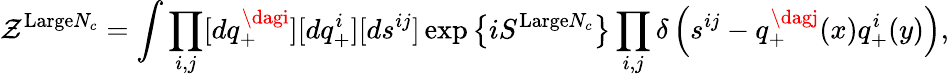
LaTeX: \mathcal{Z}^{\mathrm{{Large}}N_{c}}=\int\prod_{i,j}[dq_{+}^{\dagi}][dq_{+}^{i}][ds^{ij}]\exp\left\{ iS^{\mathrm{{Large}}N_{c}}\right\} \prod_{i,j}\delta\left(s^{ij}-q_{+}^{\dagj}(x)q_{+}^{i}(y)\right),